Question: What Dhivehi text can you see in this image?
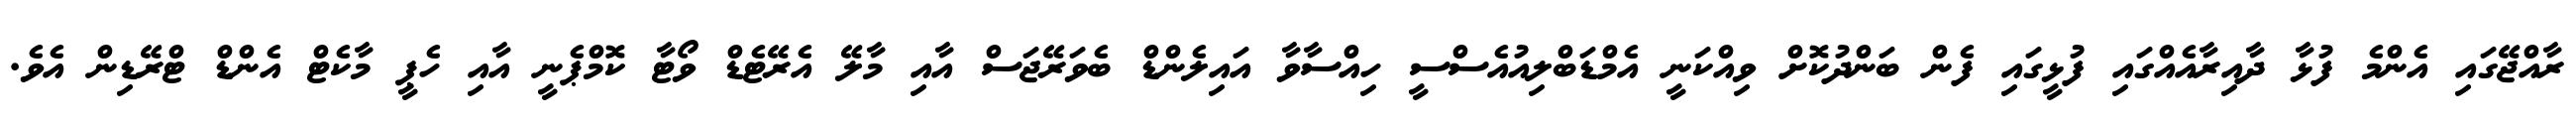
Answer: ރާއްޖޭގައި އެންމެ ފުޅާ ދާއިރާއެއްގައި ފުޅީގައި ފެން ބަންދުކޮށް ވިއްކަނީ އެމްޑަބްލިއުއެސްސީ ހިއްސާވާ އައިލެންޑް ބެވަރޭޖަސް އާއި މާލޭ އެރޭޓެޑް ވޯޓާ ކޮމްޕެނީ އާއި ހެޕީ މާކެޓް އެންޑް ޓްރޭޑިން އެވެ.